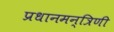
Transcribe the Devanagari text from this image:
प्रधानमन्त्रिणी